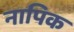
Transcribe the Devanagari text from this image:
नापिक